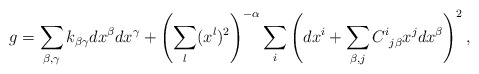
\begin{align*} g = \sum_{\beta, \gamma} k_{\beta \gamma} dx^\beta dx^\gamma + \left( \sum_l (x^l)^2 \right)^{- \alpha} \sum_i \left( dx^i + \sum_{\beta, j} C^i_{\: \: j \beta} x^j dx^\beta \right)^2,\end{align*}